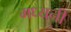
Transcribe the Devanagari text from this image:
मध्यनी